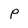
Character: P